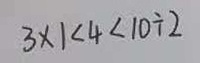
3 \times 1 < 4 < 1 0 \div 2